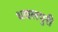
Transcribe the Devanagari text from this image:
धवलपुरी